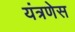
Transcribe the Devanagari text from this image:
यंत्रणेस